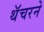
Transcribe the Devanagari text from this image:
थॅचरने